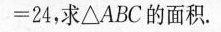
=24,求\Delta ABC的面积.